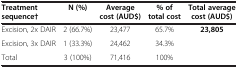
<table><thead><tr><td><b>Treatment sequence†</b></td><td><b>N (%)</b></td><td><b>Average cost (AUD$)</b></td><td><b>% of total cost</b></td><td><b>Total average cost (AUD$)</b></td></tr></thead><tbody><tr><td>Excision, 2x DAIR</td><td>2 (66.7%)</td><td>23,477</td><td>65.7%</td><td rowspan="2"><b>23,805</b></td></tr><tr><td>Excision, 3x DAIR</td><td>1 (33.3%)</td><td>24,462</td><td>34.3%</td></tr><tr><td>Total</td><td>3 (100%)</td><td>71,416</td><td>100%</td><td> </td></tr></tbody></table>